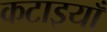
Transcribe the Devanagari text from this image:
कटाइयाँ